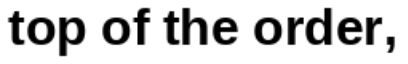
top of the order,